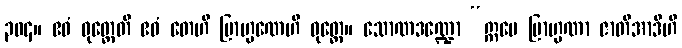
၃၀၄။ ဧဝံ ဝုတ္တေတိ ဧဝံ တေဟိ ဗြာဟ္မဏေဟိ ဝုတ္တေ။ သောဏဒဏ္ဍော “ဣမေ ဗြာဟ္မဏာ ဇာတိအာဒီဟိ